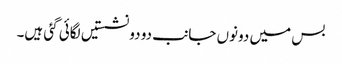
بس میں دونوں جانب دو دو نشستیں لگائی گئی ہیں۔